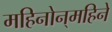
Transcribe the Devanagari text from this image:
महिनोन्‌महिने